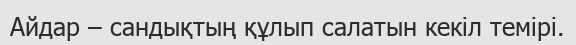
Айдар – сандықтың құлып салатын кекіл темірі.